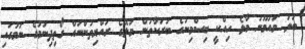
ބަލަ މައުމޫނު މާލެ ހިއްކީ ބިސްމިނުގެ ބަރަކާތުން މަލޭގެ ރައްޔިތުންނައް ގޯތިދިނުމުގެ ނަމުގައި